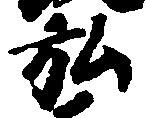
弘